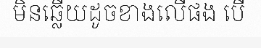
មិនឆ្លើយដូចខាងលើផង បើ